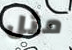
مثل